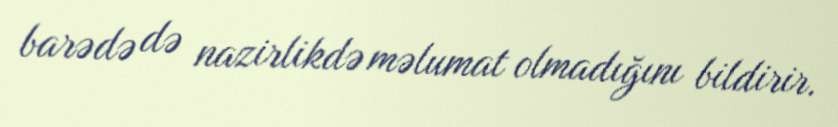
barədə də nazirlikdə məlumat olmadığını bildirir.